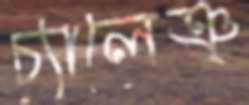
চ্যালেঞ্